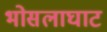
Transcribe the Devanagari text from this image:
भोसलाघाट